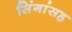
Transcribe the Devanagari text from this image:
सिंगांसह